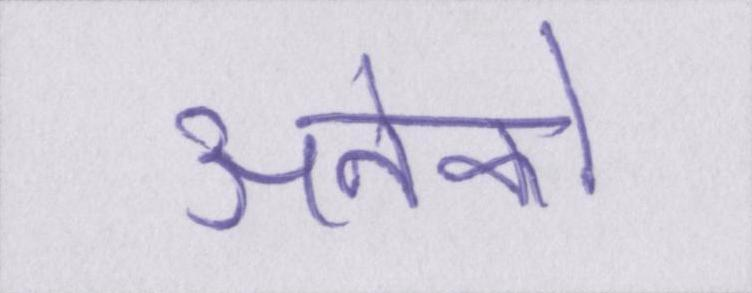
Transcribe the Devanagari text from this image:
अनेको